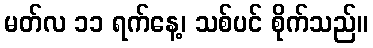
မတ်လ ၁၁ ရက်နေ့၊ သစ်ပင် စိုက်သည်။